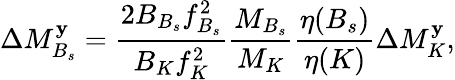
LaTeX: {\Delta}M_{B_{s}}^{\mathbf y}=\frac{2B_{B_{s}}{f}_{B_{s}}^{2}}{B_{K}{f}_{K}^{2}}\frac{M_{B_{s}}}{M_{K}}\frac{{\eta}(B_{s})}{{\eta}(K)}{\Delta}M_{K}^{\mathbf y},